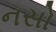
નસો